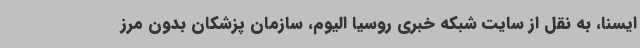
ایسنا، به نقل از سایت شبکه خبری روسیا الیوم، سازمان پزشکان بدون مرز